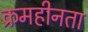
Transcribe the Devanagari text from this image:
क्रमहीनता